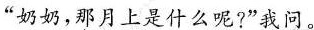
“奶奶，那月上是什么呢?”我问。